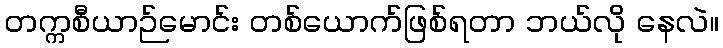
တက္ကစီယာဉ်မောင်း တစ်ယောက်ဖြစ်ရတာ ဘယ်လို နေလဲ။